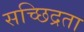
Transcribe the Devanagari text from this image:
सच्छिद्रता